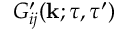
G _ { i j } ^ { \prime } ( { \bf { k } } ; \tau , \tau ^ { \prime } )